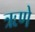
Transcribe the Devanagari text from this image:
ऋणे